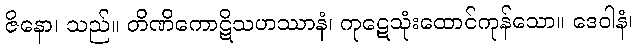
ဇိနော၊ သည်။ တိဏိကောဋိသဟဿာနံ၊ ကုဋေသုံးထောင်ကုန်သော။ ဒေဝါနံ၊